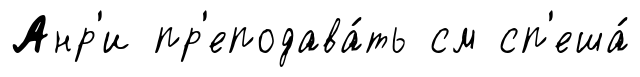
Анр'и пр'еподава́ть см сп'еша́